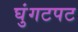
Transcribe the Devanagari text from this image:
घुंगटपट